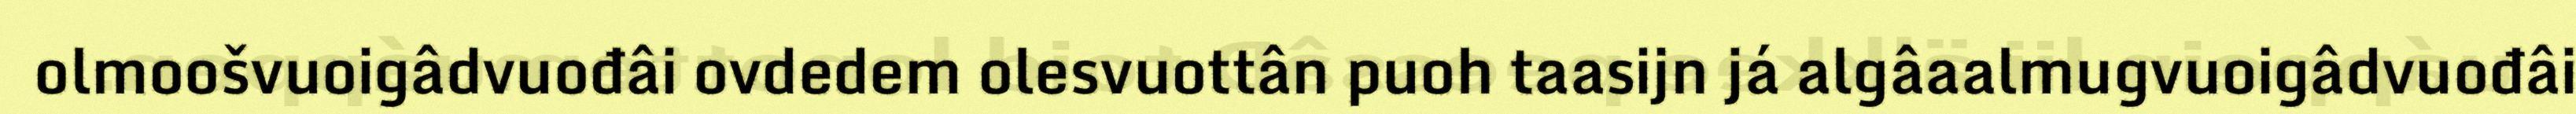
olmoošvuoigâdvuođâi ovdedem olesvuottân puoh taasijn já algâaalmugvuoigâdvuođâi